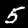
Label: 5